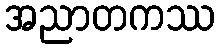
အညာတကဿ